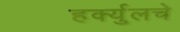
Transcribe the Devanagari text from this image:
हर्क्युलचे